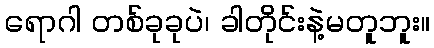
ရောဂါ တစ်ခုခုပဲ၊ ခါတိုင်းနဲ့မတူဘူး။